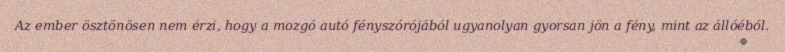
Az ember ösztönösen nem érzi, hogy a mozgó autó fényszórójából ugyanolyan gyorsan jön a fény, mint az állóéból.